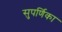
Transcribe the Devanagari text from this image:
सुपर्णिका